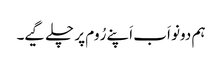
ہم دونو اَب اَپنے رُوم پر چلے گیے۔